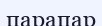
парапар